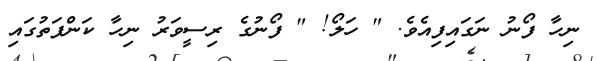
ނިހާ ފޯނު ނަގައިފިއެވެ. " ހަލޯ! " ފޯނުގެ ރިސީވަރު ނިހާ ކަންފަތުގައި